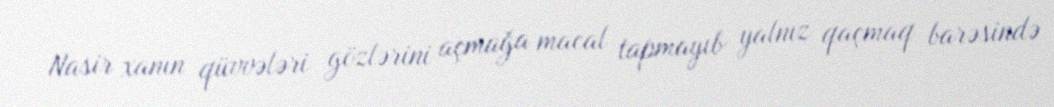
Nasir xanın qüvvələri gözlərini açmağa macal tapmayıb yalnız qaçmaq barəsində